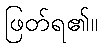
ဖြတ်ရ၏။